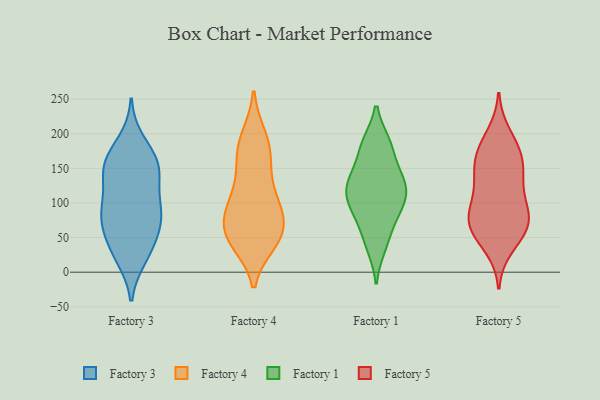
{"axis": {"x": "Inventory Turnover", "y": "Value"}, "legend": ["Factory 1", "Factory 3", "Factory 4", "Factory 5"], "data": [{"x": "", "y": 67, "type": "Factory 3"}, {"x": "", "y": 31, "type": "Factory 3"}, {"x": "", "y": 77, "type": "Factory 3"}, {"x": "", "y": 95, "type": "Factory 3"}, {"x": "", "y": 30, "type": "Factory 3"}, {"x": "", "y": 139, "type": "Factory 3"}, {"x": "", "y": 22, "type": "Factory 3"}, {"x": "", "y": 98, "type": "Factory 3"}, {"x": "", "y": 153, "type": "Factory 3"}, {"x": "", "y": 159, "type": "Factory 3"}, {"x": "", "y": 82, "type": "Factory 3"}, {"x": "", "y": 138, "type": "Factory 3"}, {"x": "", "y": 188, "type": "Factory 3"}, {"x": "", "y": 160, "type": "Factory 3"}, {"x": "", "y": 158, "type": "Factory 3"}, {"x": "", "y": 91, "type": "Factory 3"}, {"x": "", "y": 56, "type": "Factory 3"}, {"x": "", "y": 44, "type": "Factory 4"}, {"x": "", "y": 43, "type": "Factory 4"}, {"x": "", "y": 95, "type": "Factory 4"}, {"x": "", "y": 76, "type": "Factory 4"}, {"x": "", "y": 52, "type": "Factory 4"}, {"x": "", "y": 118, "type": "Factory 4"}, {"x": "", "y": 158, "type": "Factory 4"}, {"x": "", "y": 94, "type": "Factory 4"}, {"x": "", "y": 49, "type": "Factory 4"}, {"x": "", "y": 66, "type": "Factory 4"}, {"x": "", "y": 115, "type": "Factory 4"}, {"x": "", "y": 85, "type": "Factory 4"}, {"x": "", "y": 53, "type": "Factory 4"}, {"x": "", "y": 196, "type": "Factory 4"}, {"x": "", "y": 194, "type": "Factory 4"}, {"x": "", "y": 164, "type": "Factory 4"}, {"x": "", "y": 173, "type": "Factory 4"}, {"x": "", "y": 111, "type": "Factory 1"}, {"x": "", "y": 122, "type": "Factory 1"}, {"x": "", "y": 93, "type": "Factory 1"}, {"x": "", "y": 44, "type": "Factory 1"}, {"x": "", "y": 71, "type": "Factory 1"}, {"x": "", "y": 37, "type": "Factory 1"}, {"x": "", "y": 123, "type": "Factory 1"}, {"x": "", "y": 185, "type": "Factory 1"}, {"x": "", "y": 185, "type": "Factory 1"}, {"x": "", "y": 85, "type": "Factory 1"}, {"x": "", "y": 145, "type": "Factory 1"}, {"x": "", "y": 127, "type": "Factory 1"}, {"x": "", "y": 122, "type": "Factory 1"}, {"x": "", "y": 186, "type": "Factory 1"}, {"x": "", "y": 96, "type": "Factory 1"}, {"x": "", "y": 151, "type": "Factory 1"}, {"x": "", "y": 174, "type": "Factory 5"}, {"x": "", "y": 151, "type": "Factory 5"}, {"x": "", "y": 199, "type": "Factory 5"}, {"x": "", "y": 132, "type": "Factory 5"}, {"x": "", "y": 74, "type": "Factory 5"}, {"x": "", "y": 109, "type": "Factory 5"}, {"x": "", "y": 172, "type": "Factory 5"}, {"x": "", "y": 56, "type": "Factory 5"}, {"x": "", "y": 36, "type": "Factory 5"}, {"x": "", "y": 81, "type": "Factory 5"}, {"x": "", "y": 149, "type": "Factory 5"}, {"x": "", "y": 55, "type": "Factory 5"}, {"x": "", "y": 75, "type": "Factory 5"}, {"x": "", "y": 82, "type": "Factory 5"}, {"x": "", "y": 138, "type": "Factory 5"}, {"x": "", "y": 181, "type": "Factory 5"}, {"x": "", "y": 66, "type": "Factory 5"}, {"x": "", "y": 99, "type": "Factory 5"}]}